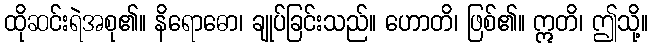
ထိုဆင်းရဲအစု၏။ နိရောဓော၊ ချုပ်ခြင်းသည်။ ဟောတိ၊ ဖြစ်၏။ ဣတိ၊ ဤသို့။